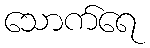
သောက်ရေ